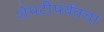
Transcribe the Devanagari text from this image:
शेपटीपर्यंतचा